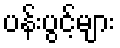
ပန်းပွင့်များ